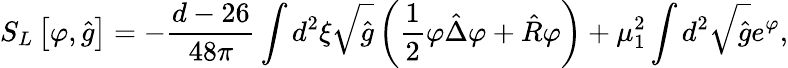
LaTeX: {S_{L}}\left[\varphi,\hat{g}\right]=-{\frac{d-26}{48\pi}}\int{d^{2}}\xi\sqrt{\hat{g}}\left({\frac{1}{2}}\varphi\hat{\Delta}\varphi+\hat{R}\varphi\right)+{\mu_{1}^{2}}\int{d^{2}}\sqrt{\hat{g}}{e^{\varphi}},